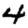
Digit: 4